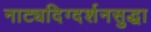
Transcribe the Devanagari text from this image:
नाट्यदिग्दर्शनसुद्धा